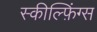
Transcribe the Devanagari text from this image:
स्कील्फ़िंग्स